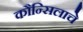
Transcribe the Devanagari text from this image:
कौन्सिलाचे